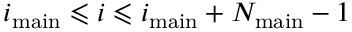
i _ { \mathrm { m a i n } } \leqslant i \leqslant i _ { \mathrm { m a i n } } + N _ { \mathrm { m a i n } } - 1